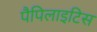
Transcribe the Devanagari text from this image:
पैपिलाइटिस